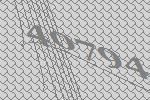
40794